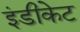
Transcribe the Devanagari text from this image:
इंडीकेट